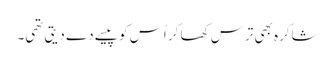
شاکرہ بھی ترس کھا کر اُس کو پیسے دے دیتی تھی۔